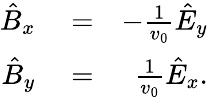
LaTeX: \begin{array}{rlr}{\hat{B}_{x}}&{{}=}&{-\frac{1}{v_{0}}\hat{E}_{y}}\\ {\hat{B}_{y}}&{{}=}&{\frac{1}{v_{0}}\hat{E}_{x}.}\end{array}